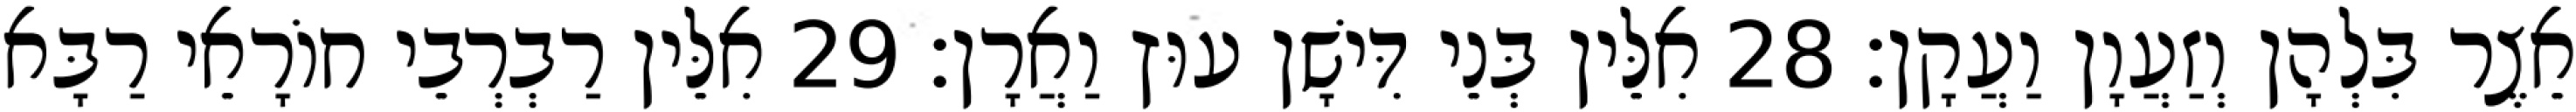
אֵצֶר בִּלְהָן וְזַעֲוָן וַעֲקָן׃ 28 אִלֵּין בְּנֵי דִּישָׁן עוּץ וַאֲרָן׃ 29 אִלֵּין רַבְרְבֵי חוֹרָאֵי רַבָּא